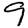
Digit: 9